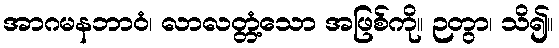
အာဂမနဘာဝံ၊ လာလတ္တံ့သော အဖြစ်ကို။ ဉတွာ၊ သိ၍။